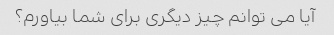
آیا می توانم چیز دیگری برای شما بیاورم؟